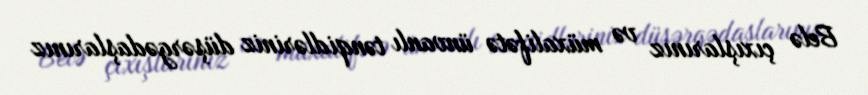
Belə çıxışlarınız və müxalifətə ünvanlı tənqidləriniz düşərgədaşlarınız